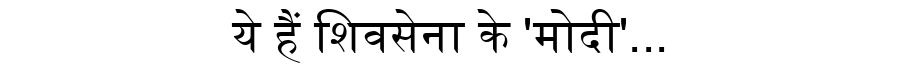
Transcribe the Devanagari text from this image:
ये हैं शिवसेना के 'मोदी'...